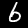
Label: 6